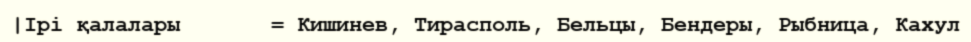
|Ірі қалалары       = Кишинев, Тирасполь, Бельцы, Бендеры, Рыбница, Кахул